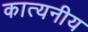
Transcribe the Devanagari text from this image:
कात्यनीय